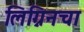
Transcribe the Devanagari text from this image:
लिग्निनचा